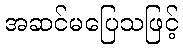
အဆင်မပြေသဖြင့်